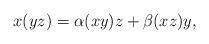
LaTeX: \begin{align*}x(yz)=\alpha(xy)z+\beta(xz)y,\end{align*}